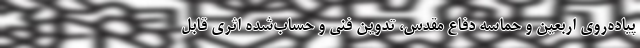
پیاده‌روی اربعین و حماسه دفاع مقدس، تدوین فنی و حساب‌شده اثری قابل